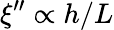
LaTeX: \xi^{\prime\prime}\propto h/L